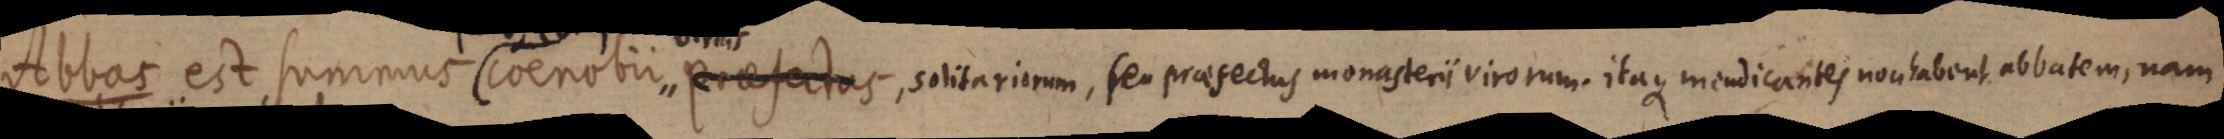
Abbas est summus coenobii virilis projectos, solitariorum, seu praefectus monasterii virorum. itaque mendicantes non habent abbatem, nam